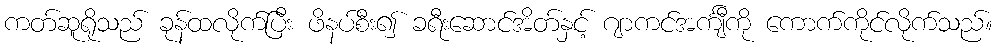
ကတ်ဆူရိုသည် ခုန်ထလိုက်ပြီး ဖိနပ်စီး၍ ခရီးဆောင်အိတ်နှင့် ဂျာကင်အင်္ကျီကို ကောက်ကိုင်လိုက်သည်။